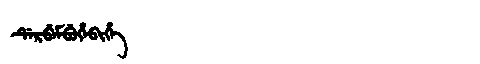
Manchu: ᡩᡝᡵᠪᡝᠮᠪᡠᡥᡝᠪᡳᡥᡝ
Romanization: DERBEMBUHEBIHE